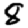
Digit: 8